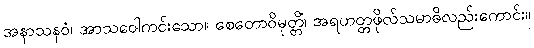
အနာသနဝံ၊ အာသဝေါကင်းသော။ စေတောဝိမုတ္တိံ၊ အရဟတ္တဖိုလ်သမာဓိလည်းကောင်း။